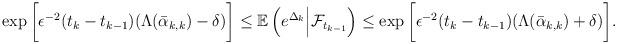
LaTeX: \begin{align*}\exp\bigg[\epsilon^{-2}(t_{k}-t_{k-1})(\Lambda(\bar \alpha_{k,k})-\delta)\bigg] \le \mathbb E\left(e^{\Delta_k}\Big|\mathcal{F}_{t_{k-1}}\right) \le \exp \bigg[\epsilon^{-2}(t_{k}-t_{k-1})(\Lambda(\bar \alpha_{k,k})+\delta)\bigg].\end{align*}